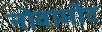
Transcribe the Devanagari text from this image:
नोवामोंट